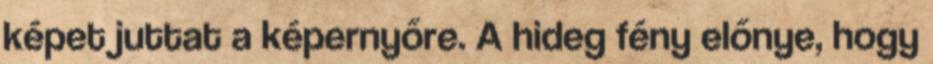
képet juttat a képernyőre. A hideg fény előnye, hogy